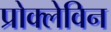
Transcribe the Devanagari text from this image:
प्रोक्लेविन